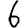
Digit: 6